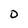
Character: 0